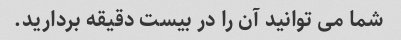
شما می توانید آن را در بیست دقیقه بردارید.